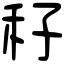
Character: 秄